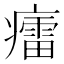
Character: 癗